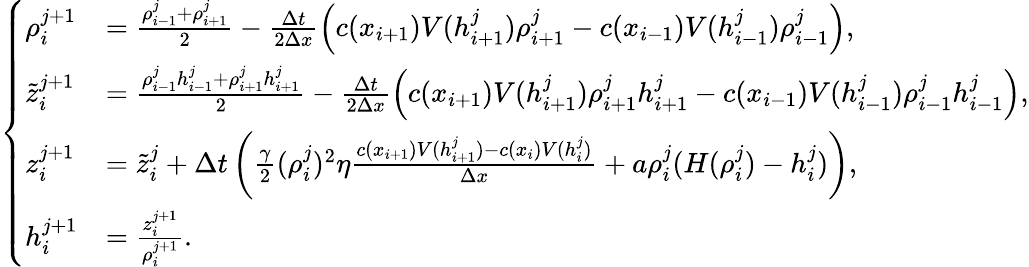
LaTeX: \begin{array}{r}{\left\{ \begin{array}{ll}{\rho_{i}^{j+1}}&{=\frac{\rho_{i-1}^{j}+\rho_{i+1}^{j}}{2}-\frac{\Delta t}{2\Delta x}\left(c(x_{i+1})V(h_{i+1}^{j})\rho_{i+1}^{j}-c(x_{i-1})V(h_{i-1}^{j})\rho_{i-1}^{j}\right),}\\ {\tilde{z}_{i}^{j+1}}&{=\frac{\rho_{i-1}^{j}h_{i-1}^{j}+\rho_{i+1}^{j}h_{i+1}^{j}}{2}-\frac{\Delta t}{2\Delta x}\left(c(x_{i+1})V(h_{i+1}^{j})\rho_{i+1}^{j}h_{i+1}^{j}-c(x_{i-1})V(h_{i-1}^{j})\rho_{i-1}^{j}h_{i-1}^{j}\right),}\\ {z_{i}^{j+1}}&{=\tilde{z}_{i}^{j}+\Delta t\left(\frac{\gamma}{2}(\rho_{i}^{j})^{2}\eta\frac{c(x_{i+1})V(h_{i+1}^{j})-c(x_{i})V(h_{i}^{j})}{\Delta x}+a\rho_{i}^{j}(H(\rho_{i}^{j})-h_{i}^{j})\right),}\\ {h_{i}^{j+1}}&{=\frac{z_{i}^{j+1}}{\rho_{i}^{j+1}}.}\end{array}\right.}\end{array}